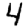
Digit: 4